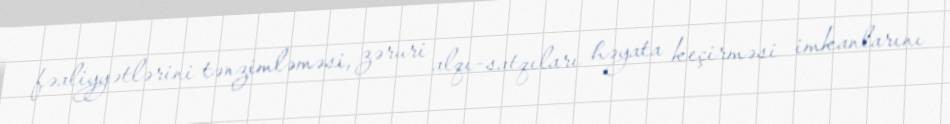
fəaliyyətlərini tənzimləməsi, zəruri alqı-satqıları həyata keçirməsi imkanlarını